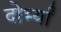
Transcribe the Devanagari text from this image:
दोर्भ्यां